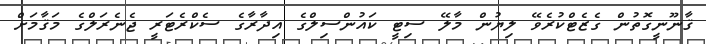
ޤާނޫނީގޮތުން ގެޒެޓްކުރެވޭ ލިޔުން މާލޭ ސިޓީ ކައުންސިލްގެ އިދާރާގެ ސެކްރެޓަރީ ޖެނެރަލްގެ މަޤާމަށް